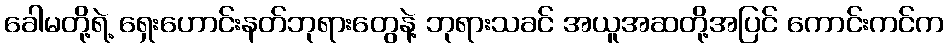
ခေါမတို့ရဲ့ ရှေးဟောင်းနတ်ဘုရားတွေနဲ့ ဘုရားသခင် အယူအဆတို့အပြင် ကောင်းကင်က